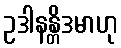
ဥဒါနန္တိဒမာဟု